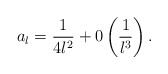
\begin{align*}a_l = \displaystyle\frac{1}{4l^2} + 0 \left(\displaystyle\frac{1}{l^3} \right).\end{align*}